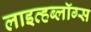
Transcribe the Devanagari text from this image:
लाइव्हब्लॉग्स